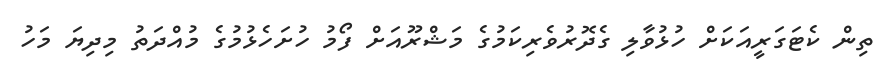
ތިން ކެޓަގަރީއަކަށް ހުޅުވާލި ގެދޮރުވެރިކަމުގެ މަޝްރޫއަށް ފޯމު ހުށަހެޅުމުގެ މުއްދަތު މިދިޔަ މަހު